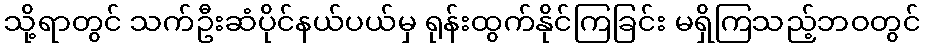
သို့ရာတွင် သက်ဦးဆံပိုင်နယ်ပယ်မှ ရုန်းထွက်နိုင်ကြခြင်း မရှိကြသည့်ဘဝတွင်